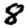
Digit: 8